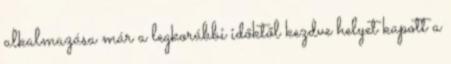
alkalmazása már a legkorábbi időktől kezdve helyet kapott a